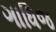
ગાધિજ